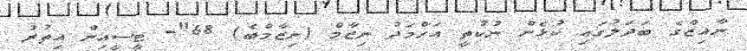
ނާއިޒްގެ ބަދަލުގައި ކުޅެން ނުކުތީ އަހްމަދު ނިޒާމް (ނިޒާމްބެ) 68"- ޓީސީއިން އިތުރު